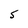
Character: S